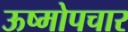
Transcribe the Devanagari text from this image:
ऊष्मोपचार